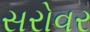
સરોવર